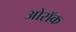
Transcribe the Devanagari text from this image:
ओरॉक